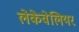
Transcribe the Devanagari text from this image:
लेकेवेलियर